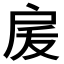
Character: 𭠅